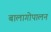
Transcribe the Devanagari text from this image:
बालागोपालन